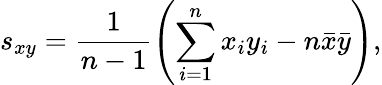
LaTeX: s_{xy}=\frac{1}{n-1}\left(\sum_{i=1}^{n}x_{i}y_{i}-n\bar{x}\bar{y}\right),